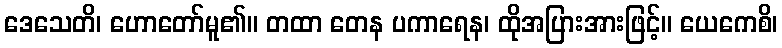
ဒေသေတိ၊ ဟောတော်မူ၏။ တထာ တေန ပကာရေန၊ ထိုအပြားအားဖြင့်။ ယေကေစိ၊